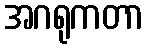
အဂရုကတာ